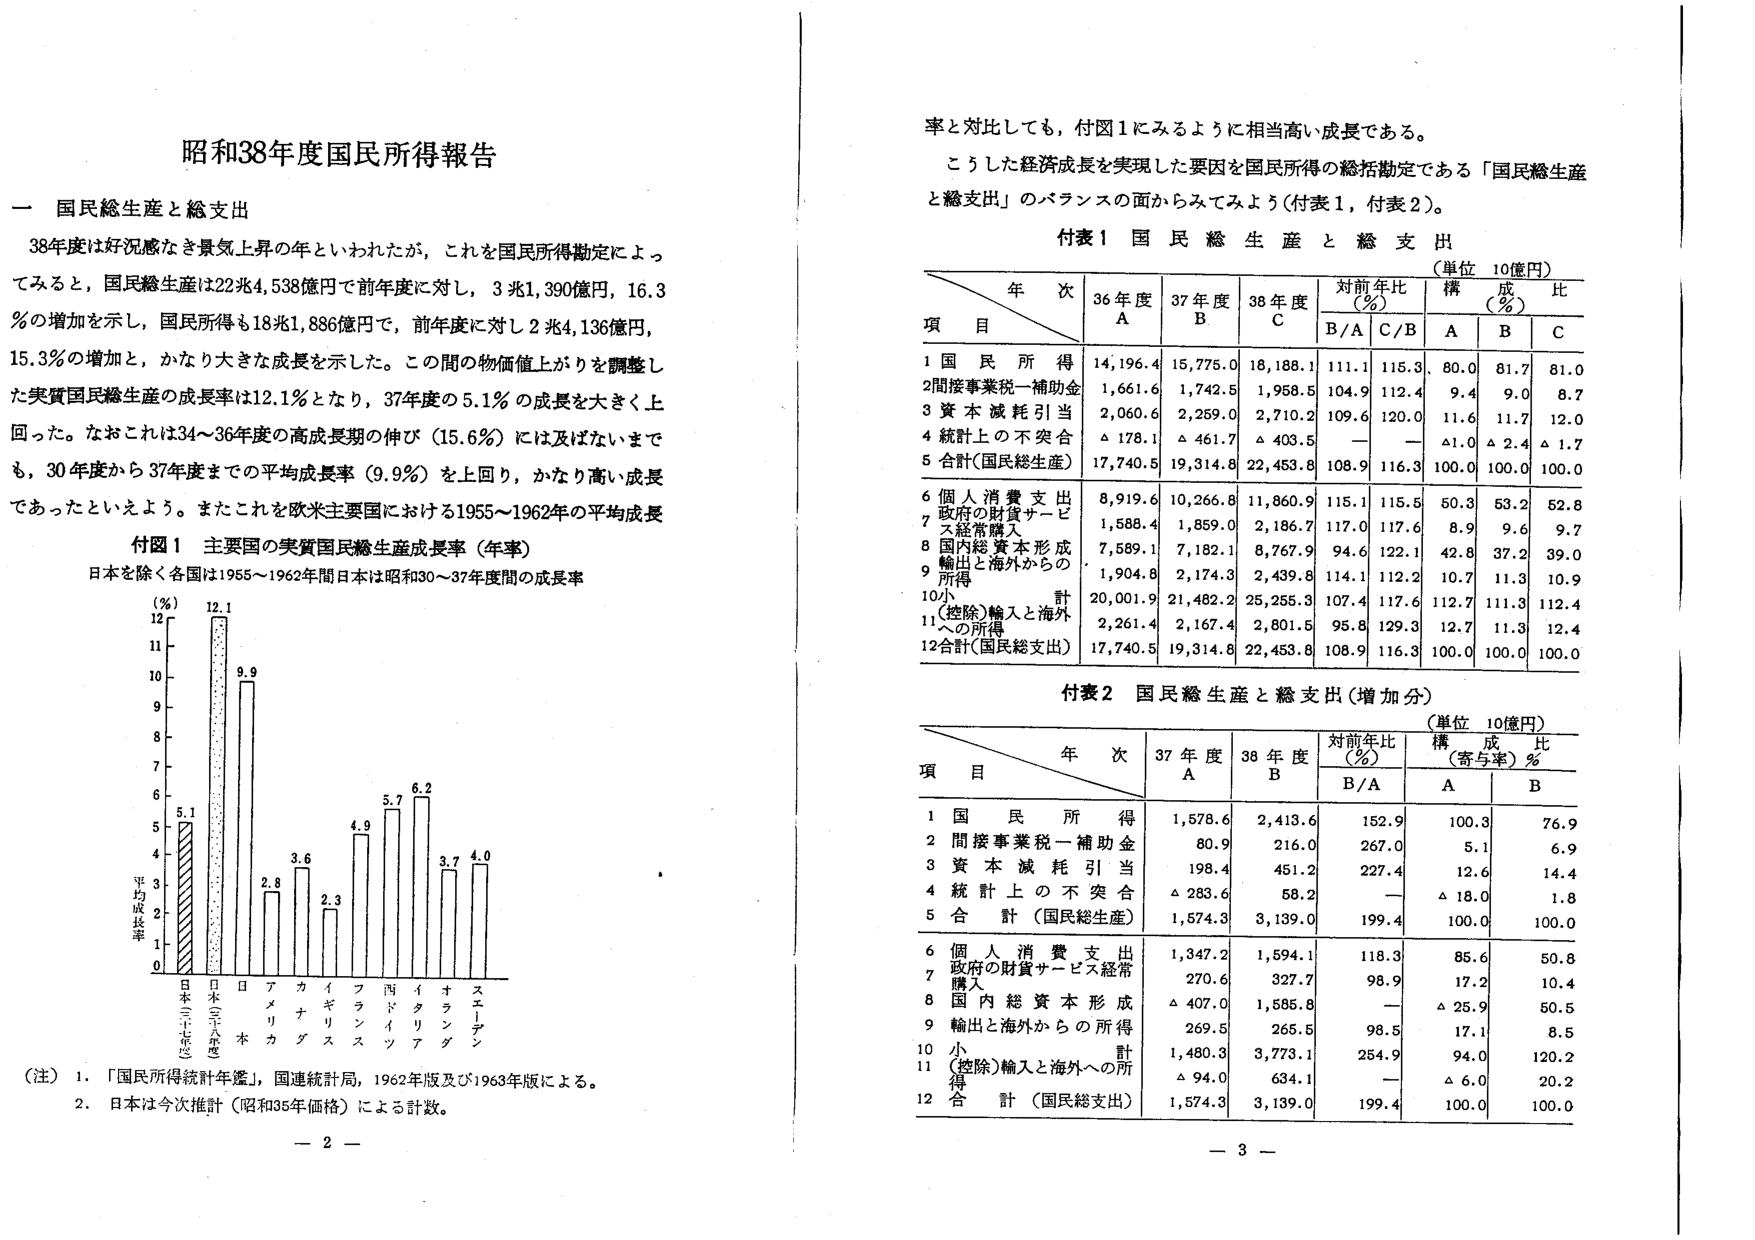
昭和38年度国民所得報告

一 国民総生産と総支出

38年度は好況感なき景気上昇の年といわれたが，これを国民所得勘定によっ
てみると，国民総生産は22兆4,538億円で前年度に対し，3兆1,390億円，16.3
％の増加を示し，国民所得も18兆1,886億円で，前年度に対し2兆4,136億円，
15.3％の増加と，かなり大きな成長を示した。この間の物価値上がりを調整し
た実質国民総生産の成長率は12.1％となり，37年度の5.1％の成長を大きく上
回った。なおこれは34～36年度の高成長期の伸び（15.6％）には及ばないまでも，
30年度から37年度までの平均成長率（9.9％）を上回り，かなり高い成長
であったといえよう。またこれを欧米主要国における1955～1962年の平均成長

付図1 主要国の実質国民総生産成長率（年率）
日本を除く各国は1955～1962年間日本は昭和30～37年度間の成長率

（％）
12
11
10
9
8
7
6
5
4
3
2
1
0

平均成長率

日本（三十七年度）
日本（三十六年度）
日本
アメリカ
カナダ
イギリス
フランス
西ドイツ
イタリア
オランダ
スエーデン

（注）1．「国民所得統計年鑑」，国連統計局，1962年版及び1963年版による。
2．日本は今次推計（昭和35年価格）による計数。

率と対比しても，付図1にみるように相当高い成長である。
こうした経済成長を実現した要因を国民所得の総括勘定である「国民総生産
と総支出」のバランスの面からみてみよう（付表1，付表2）。

付表1 国民総生産と総支出
（単位 10億円）

年次
項 目
36年度 A
37年度 B
38年度 C
対前年比（％）
構成比（％）
B/A
C/B
A
B
C

1 国民所得
14,196.4
15,775.0
18,188.1
111.1
115.3
80.0
81.7
81.0

2 間接事業税－補助金
1,661.6
1,742.5
1,958.5
104.9
112.4
9.4
9.0
8.7

3 資本減耗引当
2,060.6
2,259.0
2,710.2
109.6
120.0
11.6
11.7
12.0

4 統計上の不突合
△ 178.1
△ 461.7
△ 403.5
—
—
△1.0
△ 2.4
△ 1.7

5 合計（国民総生産）
17,740.5
19,314.8
22,453.8
108.9
116.3
100.0
100.0
100.0

6 個人消費支出
8,919.6
10,266.8
11,860.9
115.1
115.5
50.3
53.2
52.8

7 政府の財貨サービス経常購入
1,588.4
1,859.0
2,186.7
117.0
117.6
8.9
9.6
9.7

8 国内総資本形成
7,589.1
7,182.1
8,767.9
94.6
122.1
42.8
37.2
39.0

9 輸出と海外からの所得
1,904.8
2,174.3
2,439.8
114.1
112.2
10.7
11.3
10.9

10 小計
20,001.9
21,482.2
25,255.3
107.4
117.6
112.7
111.3
112.4

11 （控除）輸入と海外への所得
2,261.4
2,167.4
2,801.5
95.8
129.3
12.7
11.3
12.4

12 合計（国民総支出）
17,740.5
19,314.8
22,453.8
108.9
116.3
100.0
100.0
100.0

付表2 国民総生産と総支出（増加分）
（単位 10億円）

年次
項 目
37年度 A
38年度 B
対前年比（％）
構成比（寄与率）％
B/A
A
B

1 国民所得
1,578.6
2,413.6
152.9
100.3
76.9

2 間接事業税－補助金
80.9
216.0
267.0
5.1
6.9

3 資本減耗引当
198.4
451.2
227.4
12.6
14.4

4 統計上の不突合
△ 283.6
58.2
—
△ 18.0
1.8

5 合計（国民総生産）
1,574.3
3,139.0
199.4
100.0
100.0

6 個人消費支出
1,347.2
1,594.1
118.3
85.6
50.8

7 政府の財貨サービス経常購入
270.6
327.7
98.9
17.2
10.4

8 国内総資本形成
△ 407.0
1,585.8
—
△ 25.9
50.5

9 輸出と海外からの所得
269.5
265.5
98.5
17.1
8.5

10 小計
1,480.3
3,773.1
254.9
94.0
120.2

11 （控除）輸入と海外への所得
△ 94.0
634.1
—
△ 6.0
20.2

12 合計（国民総支出）
1,574.3
3,139.0
199.4
100.0
100.0

— 2 —
— 3 —